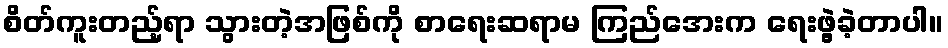
စိတ်ကူးတည့်ရာ သွားတဲ့အဖြစ်ကို စာရေးဆရာမ ကြည်အေးက ရေးဖွဲ့ခဲ့တာပါ။